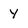
Character: Y